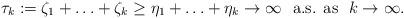
LaTeX: \begin{align*}\tau_k := \zeta_1 + \ldots + \zeta_k \ge \eta_1 + \ldots + \eta_k \to \infty\ \ \mbox{a.s. as}\ \ k \to \infty.\end{align*}